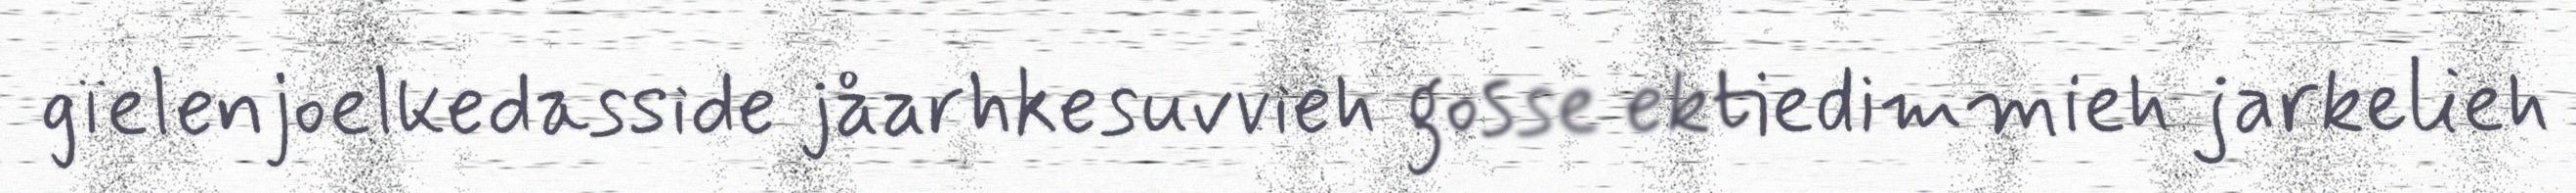
gïelenjoelkedasside jåarhkesuvvieh gosse ektiedimmieh jarkelieh